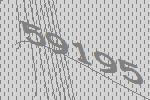
59195